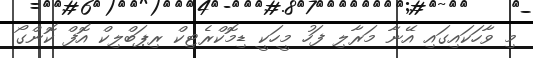
މި ވާހަކައިގައި އޭނާ މަރާލި ފަހު މީހަކީ ޑިމޮކްރެޓިކް ރިޕަބްލިކް އޮފް ކޮންގޯ